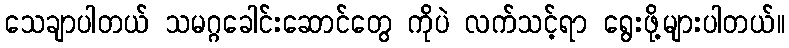
သေချာပါတယ် သမဂ္ဂခေါင်းဆောင်တွေ ကိုပဲ လက်သင့်ရာ ရွေးဖို့များပါတယ်။